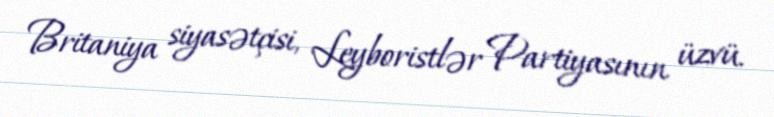
Britaniya siyasətçisi, Leyboristlər Partiyasının üzvü.